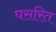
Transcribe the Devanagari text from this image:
घसरित